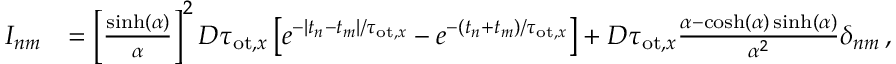
\begin{array} { r l } { I _ { n m } } & { = \left[ \frac { \sinh ( \alpha ) } { \alpha } \right] ^ { 2 } D \tau _ { \mathrm { o t } , x } \left[ e ^ { - | t _ { n } - t _ { m } | / \tau _ { \mathrm { o t } , x } } - e ^ { - ( t _ { n } + t _ { m } ) / \tau _ { \mathrm { o t } , x } } \right] + D \tau _ { \mathrm { o t } , x } \frac { \alpha - \cosh ( \alpha ) \sinh ( \alpha ) } { \alpha ^ { 2 } } \delta _ { n m } \, , } \end{array}